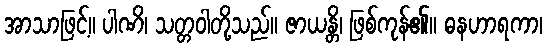
အာသာဖြင့်။ ပါဏိ၊ သတ္တဝါတို့သည်။ ဇာယန္တိ၊ ဖြစ်ကုန်၏။ ဓနဟာရကာ၊